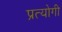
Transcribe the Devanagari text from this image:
प्रत्योगी